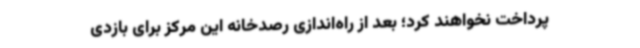
پرداخت نخواهند کرد؛ بعد از راه‌اندازی رصدخانه این مرکز برای بازدی